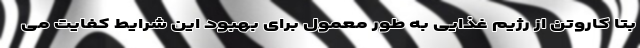
بتا کاروتن از رژیم غذایی به طور معمول برای بهبود این شرایط کفایت می